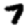
Digit: 7